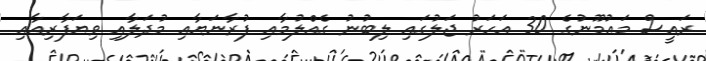
ރައީސް މައުމޫނުގެ 30 އަހަރު ޖަލުގައި ލިބުނު ގެއްލުމާއި ފުރާނަޔާއި މުދަލާއި ވިޔަފާރިއާއި